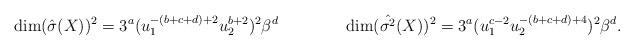
LaTeX: \begin{align*}\dim(\hat{\sigma}(X))^2=3^a(u_1^{-(b+c+d)+2}u_2^{b+2})^2\beta^d\qquad\qquad\dim(\hat{\sigma^2}(X))^2=3^a(u_1^{c-2}u_2^{-(b+c+d)+4})^2\beta^d.\end{align*}